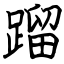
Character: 蹓